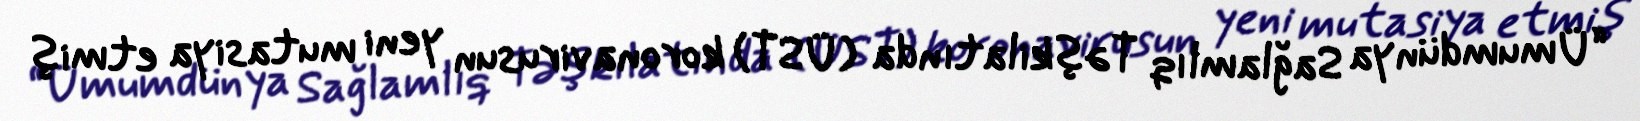
“Ümumdünya Sağlamlıq Təşkilatında (ÜST) koronavirusun yeni mutasiya etmiş